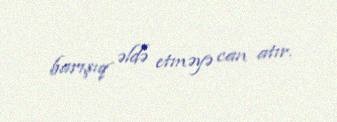
barışıq əldə etməyə can atır.